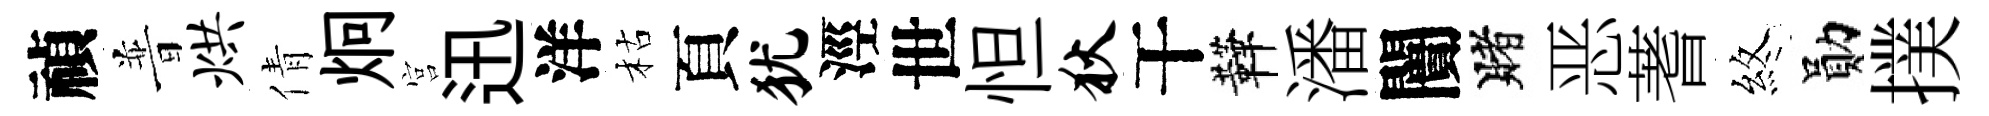
禎普烘倩炯宫迅洋枯頁犹涇世怛狄干鞾潘闠賭恶蓍煞勛撲